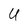
Character: U